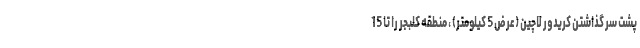
پشت سر گذاشتن کریدور لاچین (عرض 5 کیلومتر) ، منطقه کلبجر را تا 15